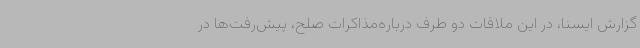
گزارش ایسنا، در این ملاقات دو طرف درباره‌مذاکرات صلح، پیش‌رفت‌ها در